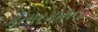
કતારગામની